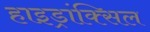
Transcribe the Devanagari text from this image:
हाइड्रांक्सिल